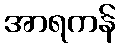
အာရကန်